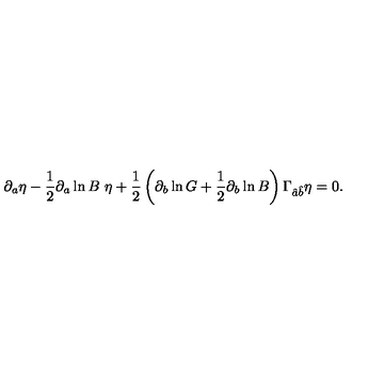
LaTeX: \partial _ { a } \eta - { \frac { 1 } { 2 } } \partial _ { a } \ln B \ \eta + { \frac { 1 } { 2 } } \left( \partial _ { b } \ln G + { \frac { 1 } { 2 } } \partial _ { b } \ln B \right) \Gamma _ { \hat { a } \hat { b } } \eta = 0 .